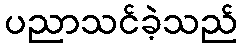
ပညာသင်ခဲ့သည်